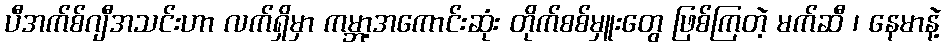
ပီအက်စ်ဂျီအသင်းဟာ လက်ရှိမှာ ကမ္ဘာ့အကောင်းဆုံး တိုက်စစ်မှူးတွေ ဖြစ်ကြတဲ့ မက်ဆီ ၊ နေမာနဲ့